Report on the bubonic plague in Bombay, 1896-1897
Year: 1896
Disease focus: Plague
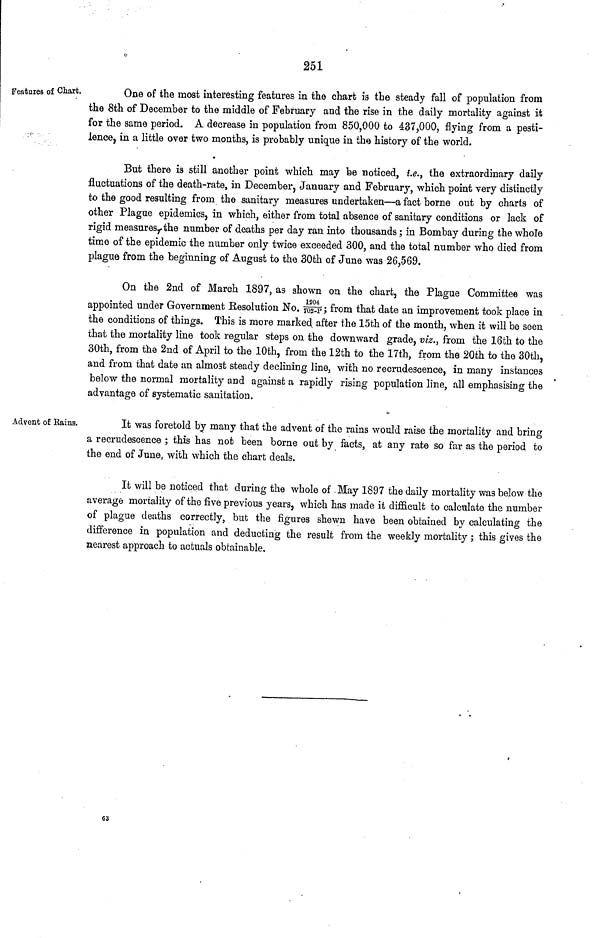
251
Features of Chart.
One of the most interesting features in the chart is the steady fall of population from
the 8th of December to the middle of February and the rise in the daily mortality against it
for the same period. A decrease in population from 850,000 to 437,000, flying from a pesti-
ience, in a little over two months, is probably unique in the history of the world.
But there is still another point which may fee noticed, i.e., the extraordinary daily
fluctuations of the death-rate, in December, January and February, which point very distinctly
to the good resulting from the sanitary measures undertaken—a fact borne out by charts of
other Plague epidemics, in which, either from total absence of sanitary conditions or lack of
rigid measuresythe number of deaths per day ran into thousands ; in Bombay during the whole
time of the epidemic the number only twice exceeded 300, and the total number who died from
plague from the beginning of August to the 30th of June was 26,569.
On the 2nd of March 1897, as shown on the chart, the Plague Committee was
appointed under Government Resolution No. 1204/ 702- P ; from that date an improvement took place in
the conditions of things. This is more marked after the 15th of the month, when it will be seen
that the mortality line took regular steps on the downward grade, viz., from the 16th to the
30th, from the 2nd of April to the 10th, from the 12th to the 17th, from the 20th to the 30th,
and from that date an almost steady declining line, with no recrudescence, in many instances
below the normal mortality and against a rapidly rising population line, all emphasising the
advantage of systematic sanitation.
Advent of Bains.
It was foretold by many that the advent of the rains would raise the mortality and bring
a recrudescence ; this has not been borne out by facts, at any rate so far as the period to
the end of June, with which the chart deals.
It will be noticed that during the whole of May 1897 the daily mortality was below the
average mortality of the five previous years, which has made it difficult to calculate the number
of plague deaths correctly, but the figures shewn have been obtained by calculating the
difference in population and deducting the result from the weekly mortality ; this gives the
nearest approach to actuals obtainable.
63